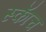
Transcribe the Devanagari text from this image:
स्काॅच